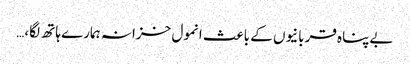
بےپناہ قربانیوں کے باعث انمول خزانہ ہمارے ہاتھ لگا،…